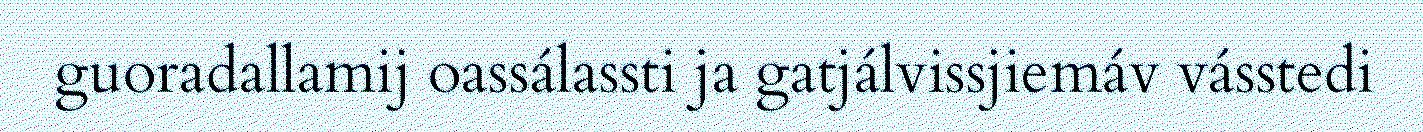
guoradallamij oassálassti ja gatjálvissjiemáv vásstedi